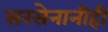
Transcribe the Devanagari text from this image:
सरसेनानीही